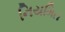
નિયમિત